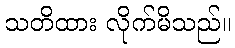
သတိထား လိုက်မိသည်။